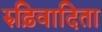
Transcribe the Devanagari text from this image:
रुढ़िवादिता